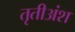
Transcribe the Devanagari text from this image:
तृतीअंश